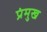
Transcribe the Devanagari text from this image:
प्रंमुख